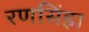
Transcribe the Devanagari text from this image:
रणसिंहा